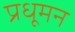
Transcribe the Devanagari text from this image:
प्रधूमन